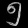
Digit: ၅